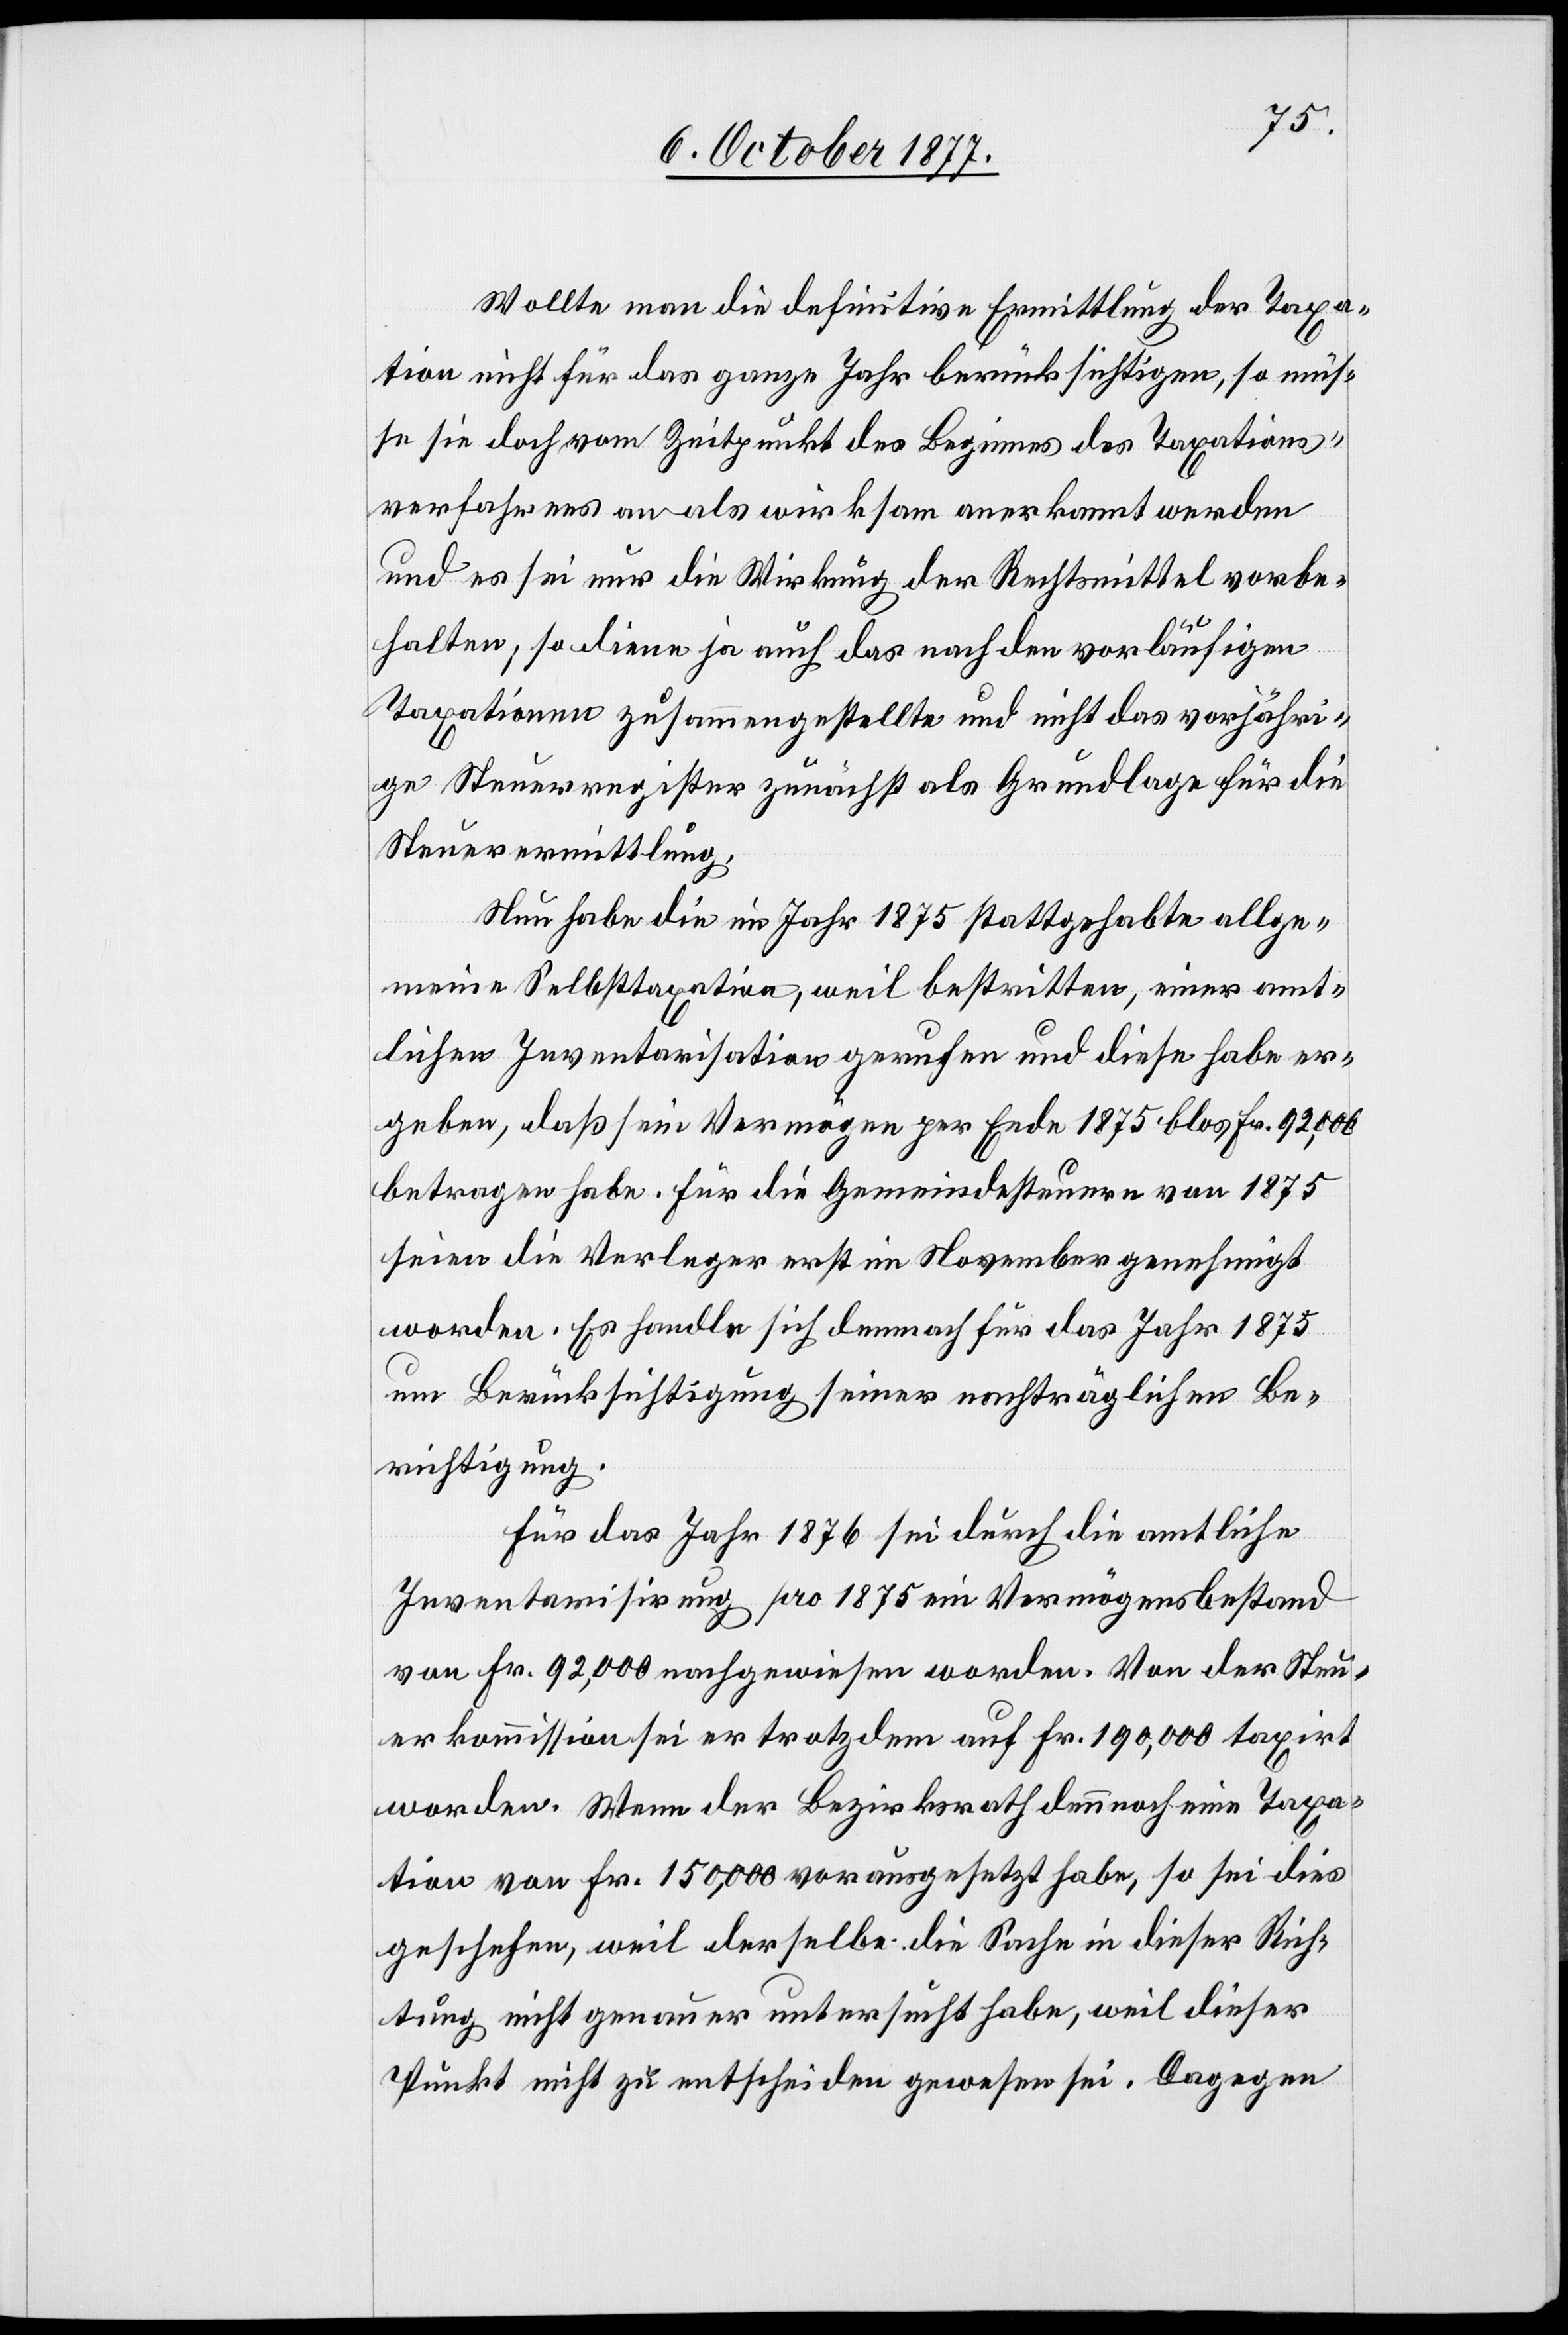
Wollte man die definitive Ermittlung der Taxa¬
tion nicht für das ganze Jahr berücksichtigen, so müs¬
se sie doch vom Zeitpunkt des Beginnes des Taxations¬
verfahrens an als wirksam anerkannt werden
und es sei nur die Wirkung der Rechtsmittel vorbe¬
halten; so diene ja auch das nach den vorläufigen
Taxationen zusammengestellte und nicht das vorjähri¬
ge Steuerregister zunächst als Grundlage für die
Steuerermittlung.
Nun habe die im Jahr 1875 stattgehabte allge¬
meine Selbsttaxation, weil bestritten, einer amt¬
lichen Inventarisation gerufen und diese habe er¬
geben, daß sein Vermögen per Ende 1875 blos Fr. 92,000
betragen habe. Für die Gemeindesteuern von 1875
seien die Verleger erst im November genehmigt
worden. Es handle sich demnach für das Jahr 1875
um Berücksichtigung seiner nachträglichen Be¬
richtigung.
Für das Jahr 1876 sei durch die amtliche
Inventarisirung pro 1875 ein Vermögensbestand
von Fr. 92,000 nachgewiesen worden. Von der Steu¬
erkommission sei er trotzdem auf Fr. 190,000 taxirt
worden. Wenn der Bezirksrath dennnoch eine Taxa¬
tion von Fr. 150,000 vorausgesetzt habe, so sei dies
geschehen, weil derselbe die Sache in dieser Rich¬
tung nicht genauer untersucht habe, weil dieser
Punkt nicht zu entscheiden gewesen sei. Dagegen